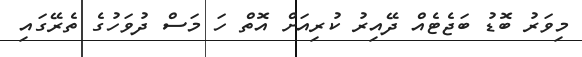
މިވަރު ބޮޑު ބަޖެޓެއް ދޭއިރު ކުރިއަށް އޮތް ހަ މަސް ދުވަހުގެ ތެރޭގައި